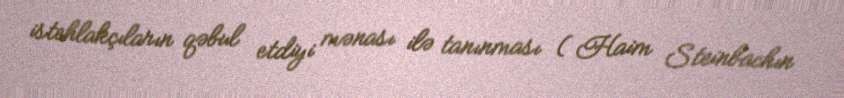
istehlakçıların qəbul etdiyi mənası ilə tanınması ( Haim Steinbachın